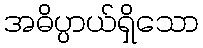
အဓိပ္ပာယ်ရှိသော